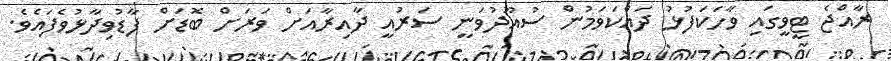
ރާއްޖެ ޓީވީގައި ވާހަކަފުޅު ދައްކަވަމުން ސުއޫދުވަނީ ސަރުއީ ދާއިރާއަށް ވަރަށް ބޮޑަށް ފާޑުވިދާޅުވެފައެވެ.